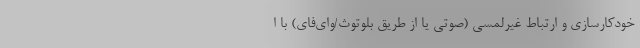
خودکارسازی و ارتباط غیرلمسی (صوتی یا از طریق بلوتوث/وای‌فای) با ا